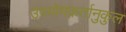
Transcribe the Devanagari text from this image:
उपयोगकर्तानुकुल